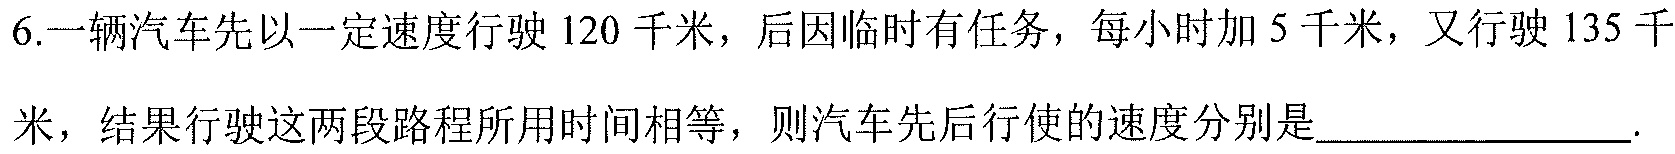
6.一辆汽车先以一定速度行驶 \(120\) 千米，后因临时有任务，每小时加 \(5\) 千米，又行驶 \(135\) 千米，结果行驶这两段路程所用时间相等，则汽车先后行使的速度分别是____________.